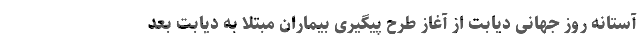
آستانه روز جهانی دیابت از آغاز طرح پیگیری بیماران مبتلا به دیابت بعد